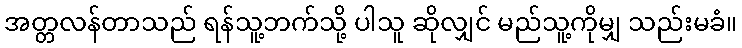
အတ္တလန်တာသည် ရန်သူ့ဘက်သို့ ပါသူ ဆိုလျှင် မည်သူ့ကိုမျှ သည်းမခံ။